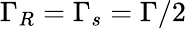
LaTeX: \Gamma_{R}=\Gamma_{s}=\Gamma/2